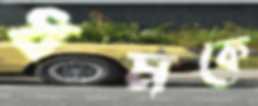
ধমকে